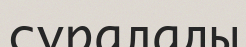
сұралады